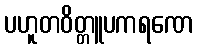
ပဟူတဝိတ္တူပကရဏေ